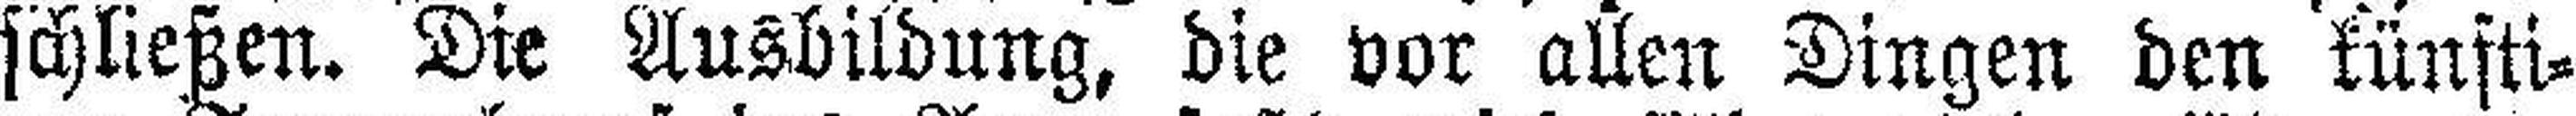
schließen. Die Ausbildung, die vor allen Dingen den künfti¬